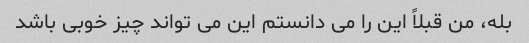
بله، من قبلاً این را می دانستم این می تواند چیز خوبی باشد